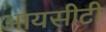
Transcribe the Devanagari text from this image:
आयसीटी